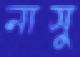
নাসু